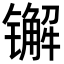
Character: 𨱕